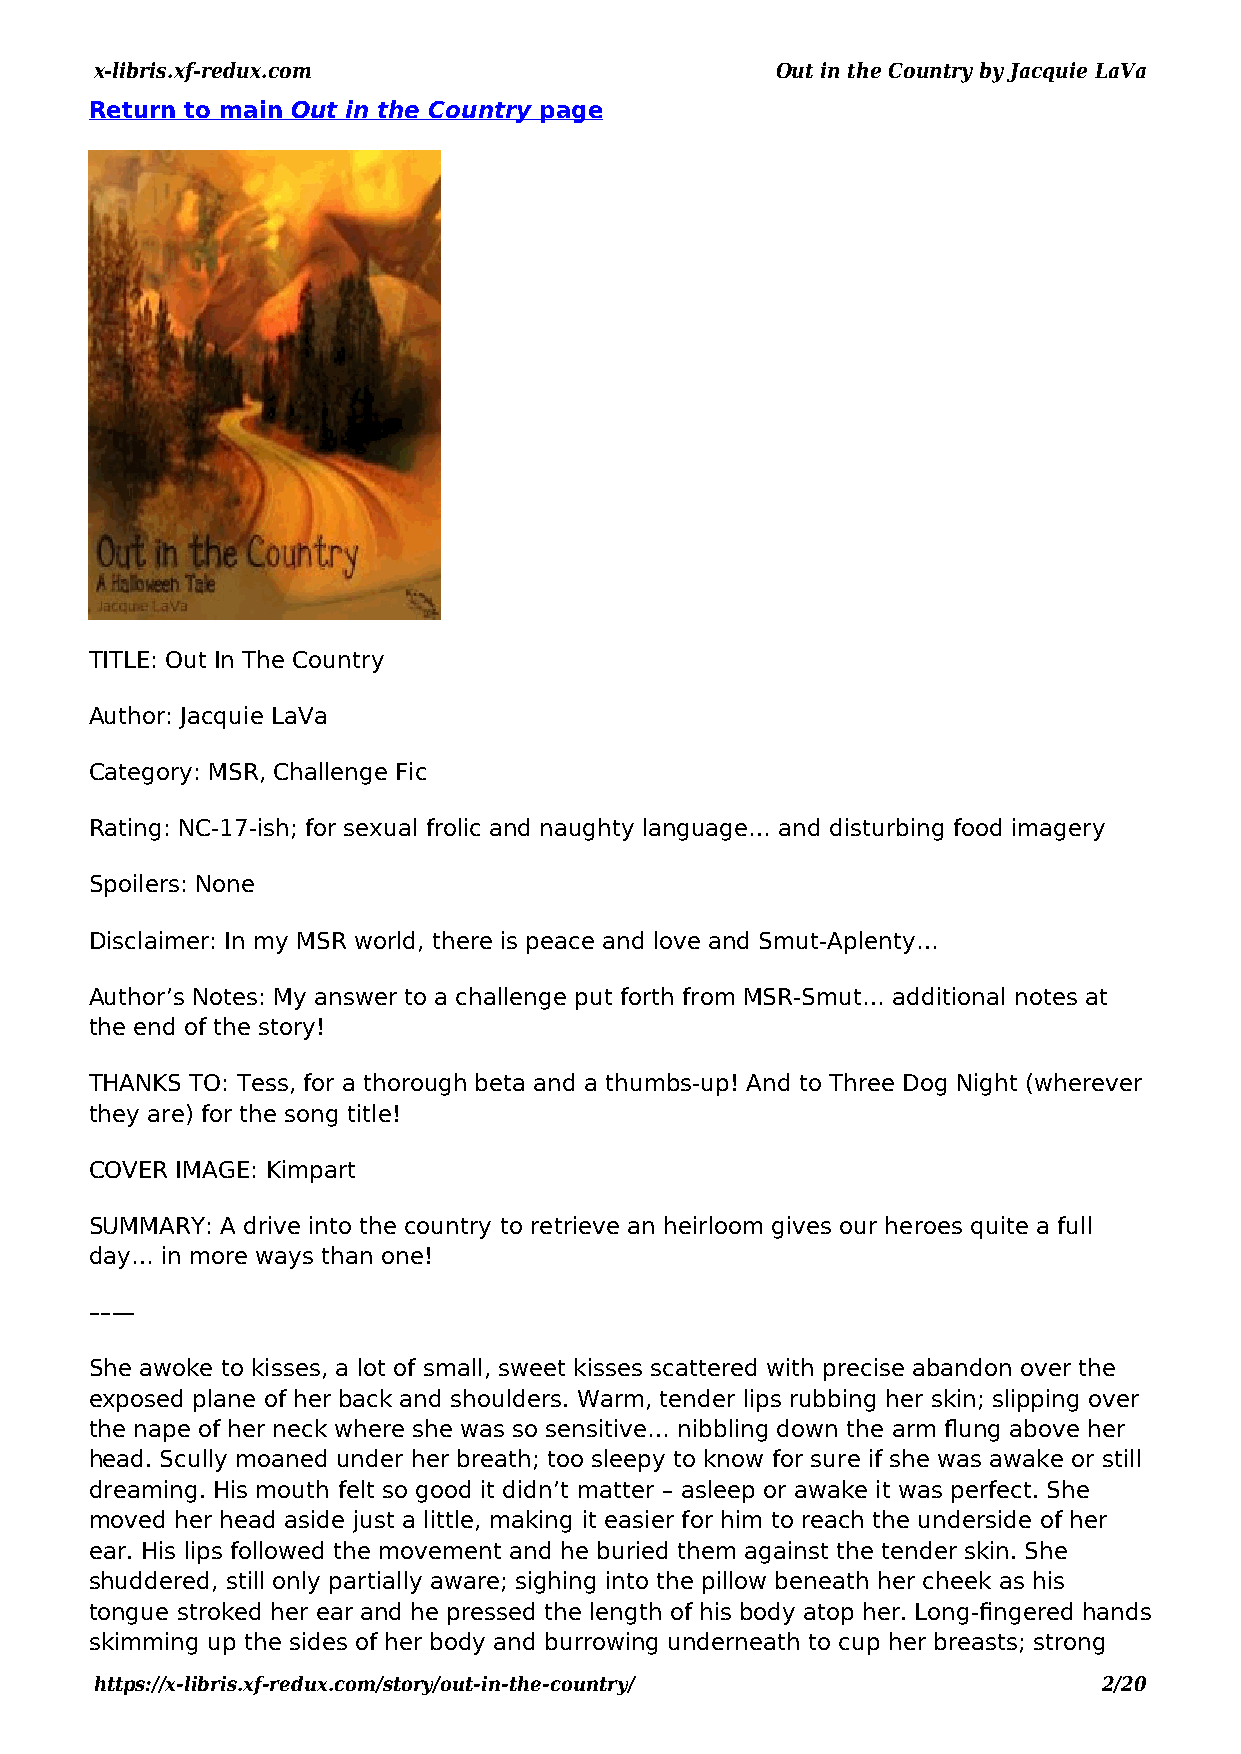
x-libris.xf-redux.com                        Out in the Country by Jacquie LaVa
 Return to main Out in the Country page
 TITLE: Out In The Country
 Author: Jacquie LaVa
 Category: MSR, Challenge Fic
 Rating: NC-17-ish; for sexual frolic and naughty language… and disturbing food imagery
 Spoilers: None
 Disclaimer: In my MSR world, there is peace and love and Smut-Aplenty…
 Author’s Notes: My answer to a challenge put forth from MSR-Smut… additional notes at
 the end of the story!
 THANKS TO: Tess, for a thorough beta and a thumbs-up! And to Three Dog Night (wherever
 they are) for the song title!
 COVER IMAGE: Kimpart
 SUMMARY: A drive into the country to retrieve an heirloom gives our heroes quite a full
 day… in more ways than one!
 ––—
 She awoke to kisses, a lot of small, sweet kisses scattered with precise abandon over the
 exposed plane of her back and shoulders. Warm, tender lips rubbing her skin; slipping over
 the nape of her neck where she was so sensitive… nibbling down the arm flung above her
 head. Scully moaned under her breath; too sleepy to know for sure if she was awake or still
 dreaming. His mouth felt so good it didn’t matter – asleep or awake it was perfect. She
 moved her head aside just a little, making it easier for him to reach the underside of her
 ear. His lips followed the movement and he buried them against the tender skin. She
 shuddered, still only partially aware; sighing into the pillow beneath her cheek as his
 tongue stroked her ear and he pressed the length of his body atop her. Long-fingered hands
 skimming up the sides of her body and burrowing underneath to cup her breasts; strong
 https://x-libris.xf-redux.com/story/out-in-the-country/            2/20